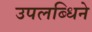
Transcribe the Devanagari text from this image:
उपलब्धिने